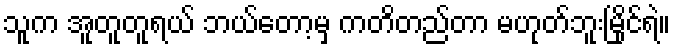
သူက အူတူတူရယ် ဘယ်တော့မှ ကတိတည်တာ မဟုတ်ဘူးမြိုင်ရဲ။